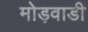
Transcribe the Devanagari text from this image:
मोड़वाडी